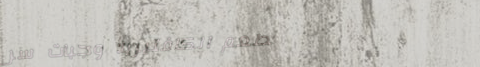
مطعم الكافتيريا: وجبات سر